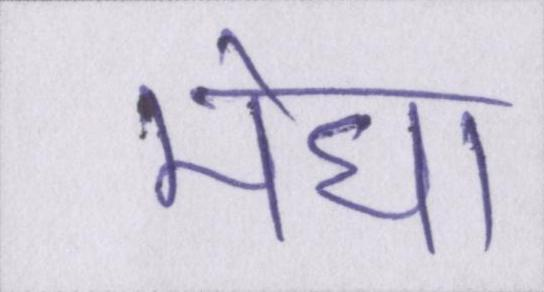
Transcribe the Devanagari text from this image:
मेघा